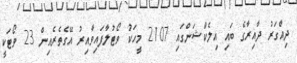
ދިއްގަރު ދާއިރާގެ ބައި އިލެކްޝަންގައި 2107 މީހަކު ވޯޓުލާފައިވާއިރު އޭގެތެރެއިން 23 ވޯޓަކީ